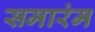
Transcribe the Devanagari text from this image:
समारंम